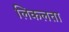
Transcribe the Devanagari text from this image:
लिकलता